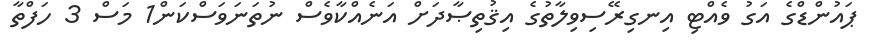
ޕައުންޑްގެ އަގު ވެއްޓި އިނގިރޭސިވިލާތުގެ އިޤުތިޞާދަށް އަނެއްކާވެސް ނުތަނަވަސްކަން1 މަސް 3 ހަފްތާ